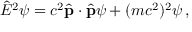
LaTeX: { \hat { E } } ^ { 2 } \psi = c ^ { 2 } { \hat { \mathbf { p } } } \cdot { \hat { \mathbf { p } } } \psi + ( m c ^ { 2 } ) ^ { 2 } \psi \, ,